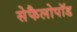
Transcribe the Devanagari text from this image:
सेफैलोपॉड